system: You are a helpful assistant.
user:
Analyze the provided spectrum to determine if it is a **S-type Star**.

- **Key Indicators for S-type Star:**

    - **(Overall Spectrum Shape):** The first and most obvious characteristic is the overall continuum (the "baseline" shape). It is **extremely "red-sloping,"** meaning the flux (light intensity) is very low on the left side (blue, ~4000-4500 Å) and rises steeply and continuously toward the right side (red, ~7000 Å+).

    - **(Primary):** The spectrum is defined by the presence of strong, broad molecular absorption "valleys" (bands) from **Zirconium Oxide (ZrO)**. The identification of these bands is the **primary requirement** for classifying a star as S-type.
        - **(Key Bandheads):** You must find distinct, deep "dips" where the light has been absorbed. The most critical band systems to locate are:
            - **~6474 Å** ($\gamma$-system): This is often the strongest and clearest ZrO feature, found in the red part of the spectrum.
            - **~5718 Å** & **~5551 Å** ($\beta$-system): A pair of prominent absorption features in the yellow-orange part of the spectrum.
            - **~4640 Å** ($\alpha$-system): A key absorption band system in the blue-green region of the spectrum.

    - **(Secondary Confirmation):** The classification is strengthened by finding additional absorption bands from other related heavy element oxides, which are expected to be present alongside ZrO.
        - **(Key Bandheads):**
            - **Yttrium Oxide (YO):** Look for absorption dips near **~4800 Å** and **~6100 Å**.
            - **Lanthanum Oxide (LaO):** Additional absorption features, particularly in the red-orange part of the spectrum, are also characteristic.

    - **(Line Profile):** The combination of the steep red continuum and these numerous, deep molecular bands (ZrO, YO, etc.) gives the entire spectrum a very **"chopped-up"** or **"bumpy"** appearance. Instead of a smooth curve, the spectrum looks as though large, wide chunks of light have been "carved out" of it at the specific wavelengths listed above.

Think first, call **spectral_visualization_tool** if needed to examine features in detail, then provide your final answer. Your response must adhere to the following strict rules:
1.  **Overall Structure:** Your response must follow the format `<think>...</think> <tool_call>...</tool_call> (if a tool is used) <answer>...</answer>`.
2.  **Tool Usage Constraint:** You may only make **one** tool call per turn.
3.  **Final Answer Format:** In the `<answer>` tag, your conclusion must be inside a `\boxed{}` command (e.g., `\boxed{YES}` or `\boxed{NO}`), followed by your justification.

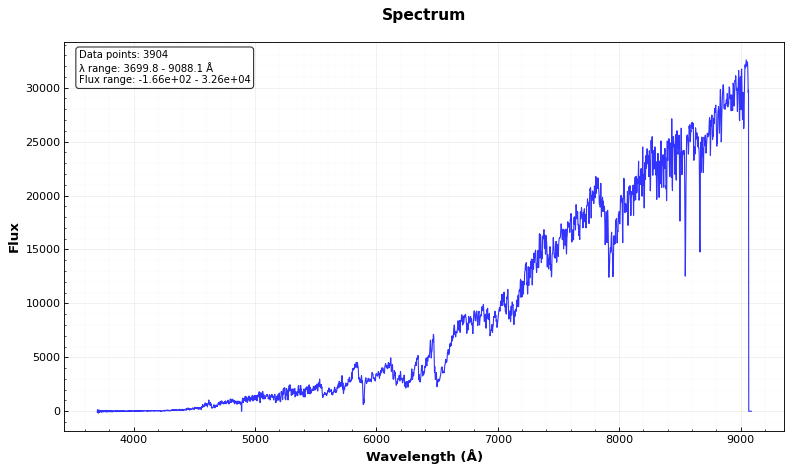
Answer: YES